Scottish Leaving Certificate Examination, 1952
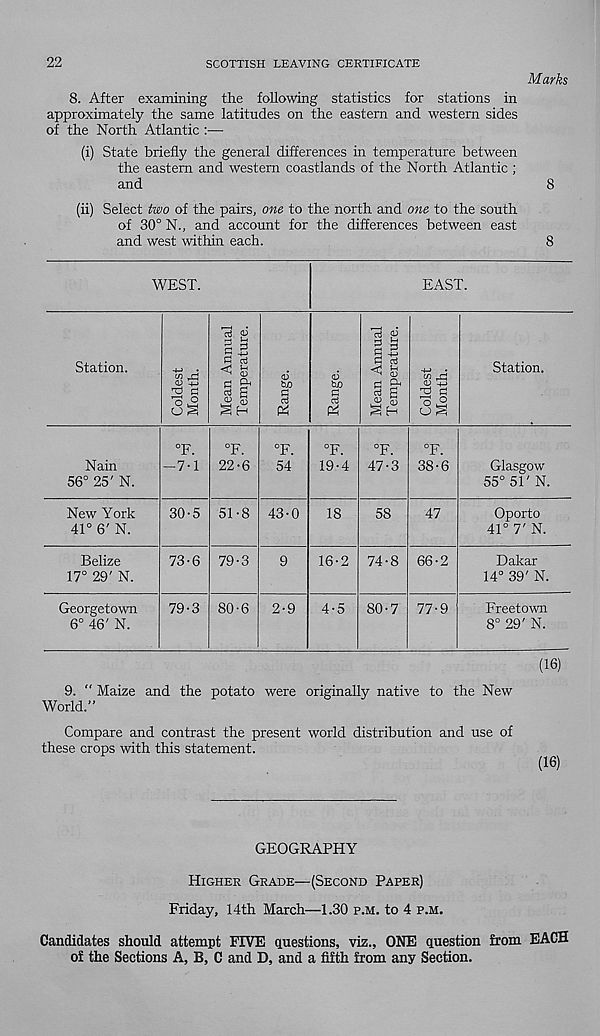
22
SCOTTISH LEAVING CERTIFICATE
Marks
8. After examining the following statistics for stations in
approximately the same latitudes on the eastern and western sides
of the North Atlantic :—
(i) State briefly the general differences in temperature between
the eastern and western coastlands of the North Atlantic;
and
8
(ii) Select two of the pairs, one to the north and one to the south
of 30° N., and account for the differences between east
and west within each.
8
9. " Maize and the potato were originally native to the New
World.”
Compare and contrast the present world distribution and use of
these crops with this statement.
(16)
GEOGRAPHY
HIGHER GRADE—(SECOND PAPER)
Friday, 14th March—1.30 P.M. to 4 P.M.
Candidates should attempt FIVE questions, viz., ONE question from EACH
of the Sections A, B, C and D, and a fifth from any Section.